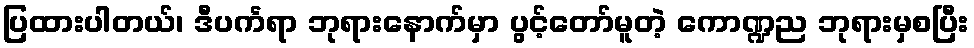
ပြထားပါတယ်၊ ဒီပင်္ကရာ ဘုရားနောက်မှာ ပွင့်တော်မူတဲ့ ကောဏ္ဍည ဘုရားမှစပြီး